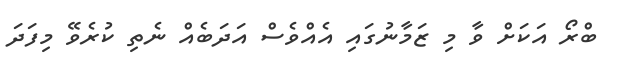
ބްރޯ އަކަށް ވާ މި ޒަމާނުގައި އެއްވެސް އަދަބެއް ނެތި ކުރެވޭ މިފަދަ